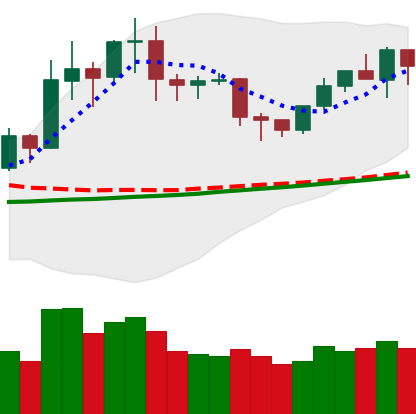
Ticker: NEO-USD
Chart end date: 2020-01-31
Forward return: 11.206%
Label: up_7plus